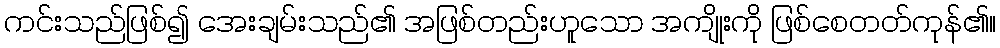
ကင်းသည်ဖြစ်၍ အေးချမ်းသည်၏ အဖြစ်တည်းဟူသော အကျိုးကို ဖြစ်စေတတ်ကုန်၏။